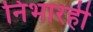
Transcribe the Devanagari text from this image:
निभारही